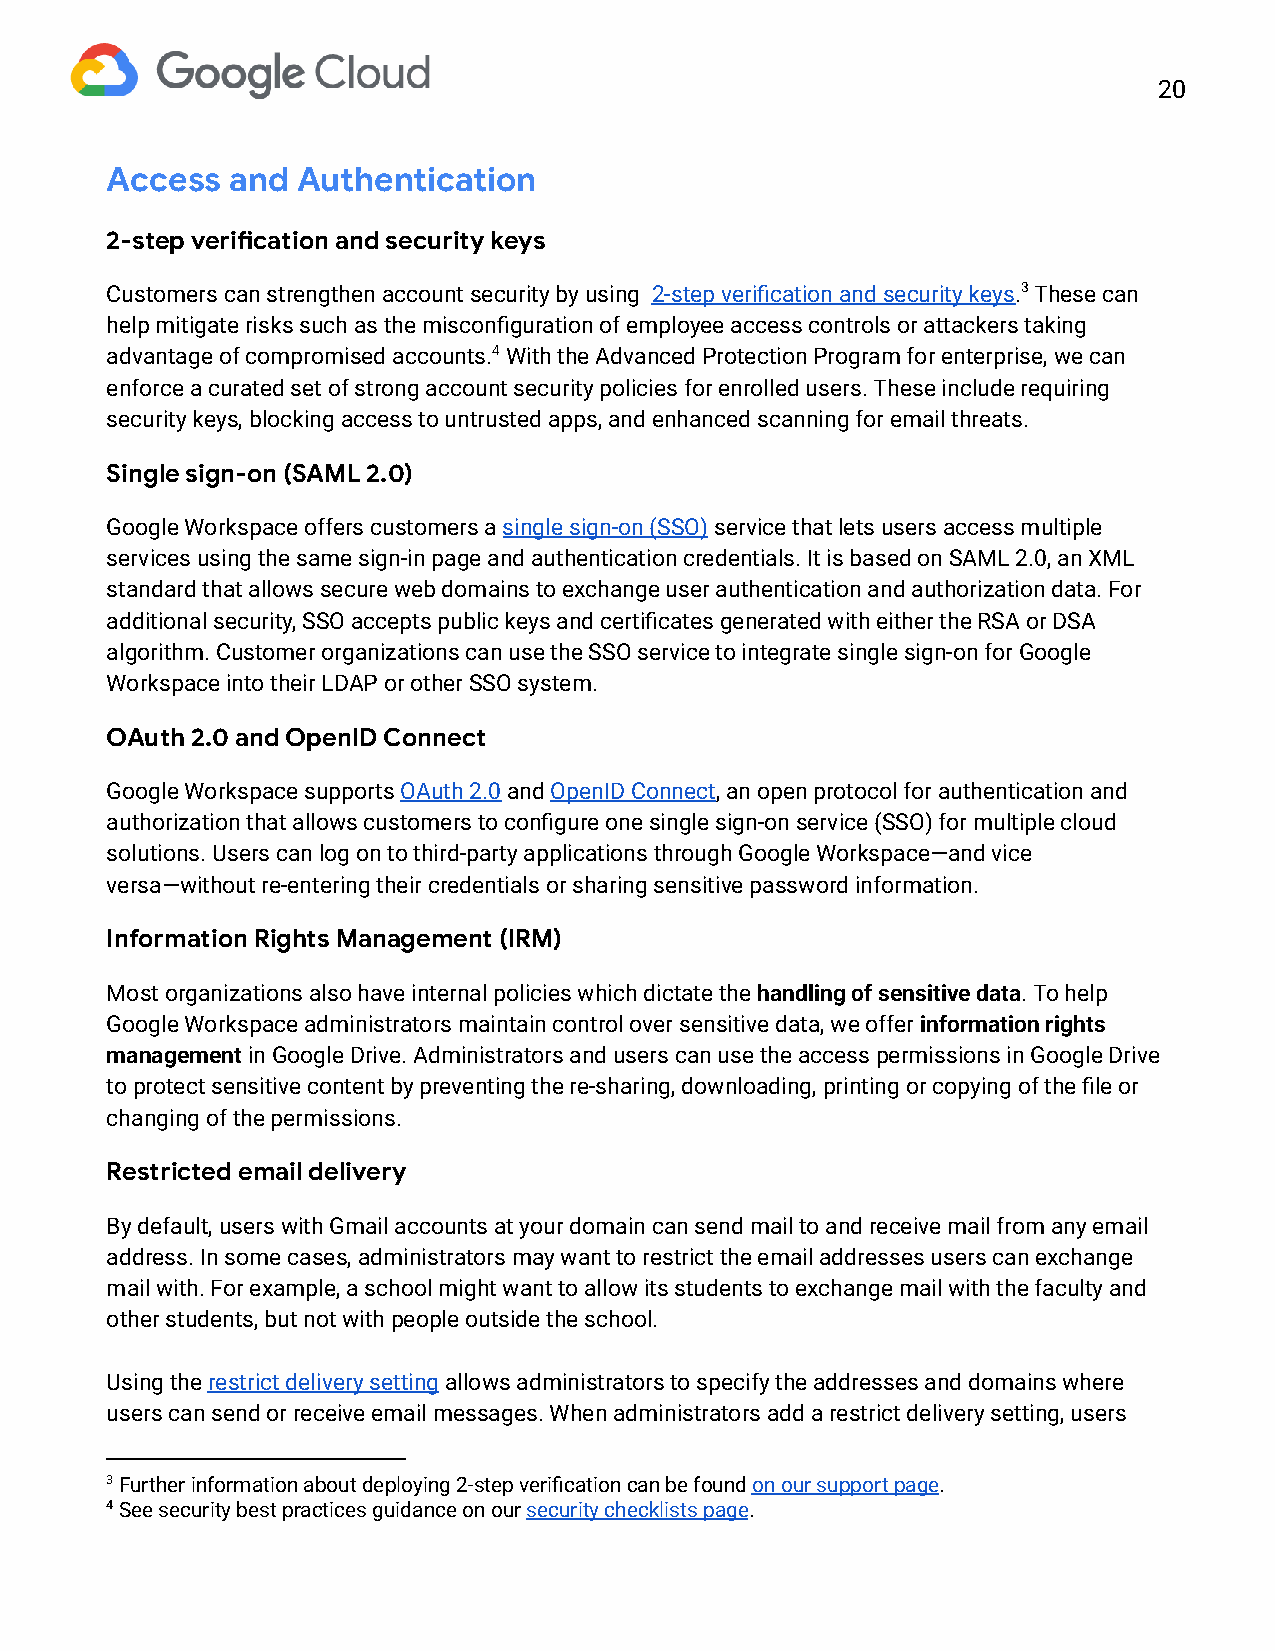
20
 Access  and  Authentication
 2-step verication and security keys
 Customers can strengthen account security by using 2 -step verification and security keys. 3 T hese can
 help mitigate risks such as the misconfiguration of employee access controls or attackers taking
 advantage of compromised accounts.4 With the Advanced Protection Program for enterprise, we can
 enforce a curated set of strong account security policies for enrolled users. These include requiring
 security keys, blocking access to untrusted apps, and enhanced scanning for email threats.
 Single sign-on (SAML 2.0)
 Google Workspace offers customers a s ingle sign-on (SSO) service that lets users access multiple
 services using the same sign-in page and authentication credentials. It is based on SAML 2.0, an XML
 standard that allows secure web domains to exchange user authentication and authorization data. For
 additional security, SSO accepts public keys and certificates generated with either the RSA or DSA
 algorithm. Customer organizations can use the SSO service to integrate single sign-on for Google
 Workspace into their LDAP or other SSO system.
 OAuth 2.0 and OpenID Connect
 Google Workspace supports O Auth 2.0 and O penID Connect, an open protocol for authentication and
 authorization that allows customers to configure one single sign-on service (SSO) for multiple cloud
 solutions. Users can log on to third-party applications through Google Workspace—and vice
 versa—without re-entering their credentials or sharing sensitive password information.
 Information Rights Management (IRM)
 Most organizations also have internal policies which dictate the h andling of sensitive data. To help
 Google Workspace administrators maintain control over sensitive data, we offer i nformation rights
 management in Google Drive. Administrators and users can use the access permissions in Google Drive
 to protect sensitive content by preventing the re-sharing, downloading, printing or copying of the file or
 changing of the permissions.
 Restricted email delivery
 By default, users with Gmail accounts at your domain can send mail to and receive mail from any email
 address. In some cases, administrators may want to restrict the email addresses users can exchange
 mail with. For example, a school might want to allow its students to exchange mail with the faculty and
 other students, but not with people outside the school.
 Using the r estrict delivery setting allows administrators to specify the addresses and domains where
 users can send or receive email messages. When administrators add a restrict delivery setting, users
 3 Further information about deploying 2-step verification can be found o n our support page.
 4 See security best practices guidance on our s ecurity checklists page.